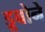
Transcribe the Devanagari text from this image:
डूबोने